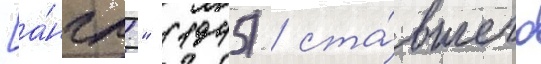
[а́нгл." (1945) / ста́вшего